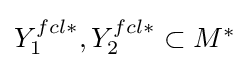
{\textstyle {Y_{1}^{fcl\ast }},{Y_{2}^{fcl\ast }}\subset M^{\ast }}